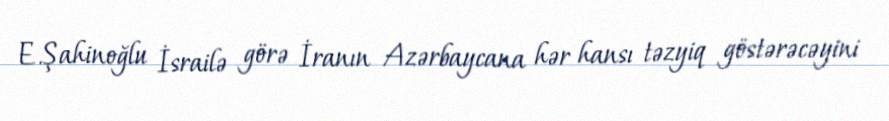
E.Şahinoğlu İsrailə görə İranın Azərbaycana hər hansı təzyiq göstərəcəyini